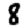
Digit: 8